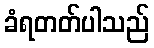
ခံရတတ်ပါသည်